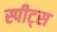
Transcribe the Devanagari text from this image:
स्पीट्स